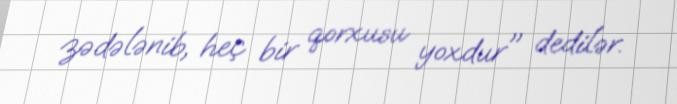
zədələnib, heç bir qorxusu yoxdur" dedilər.